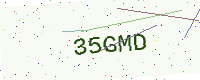
Text: 35GMD